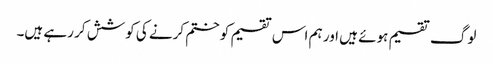
لوگ تقسیم ہوئے ہیں اور ہم اس تقسیم کو ختم کرنے کی کوشش کر رہے ہیں۔